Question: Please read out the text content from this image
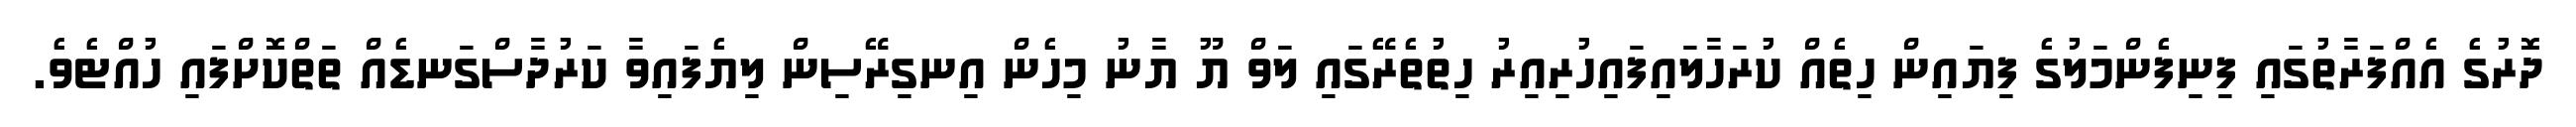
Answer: ދޮރުގެ އެއްފަރާތުގައި ފިނިފެންމަލުގެ ފިޔައިން ހިތެއް ކުރަހާލައިފައިހުރިއިރު ހިތުތެރޭގައި ލަވް ޔޫ ޔާނު މިހެން އިނގިރޭސިން ލިޔެފައިވާ ކަރުދާސްގަނޑެއް ތަތްކޮށްފައި ހުއްޓެވެ.